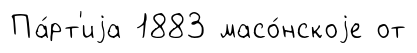
Па́рт'иjа 1883 масо́нскоjе от